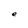
Character: e